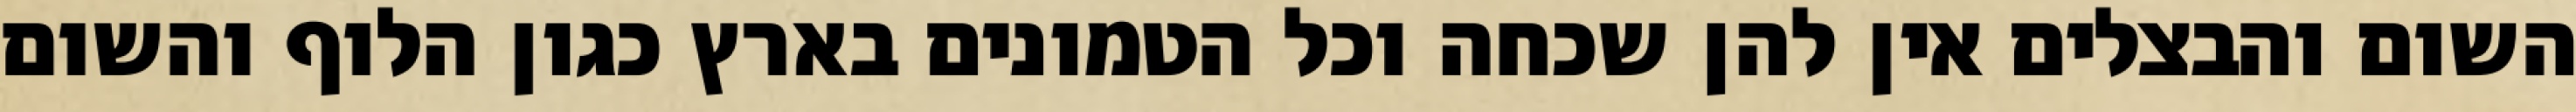
השום והבצלים אין להן שכחה וכל הטמונים בארץ כגון הלוף והשום